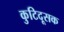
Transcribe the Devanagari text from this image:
कुटिदूसक